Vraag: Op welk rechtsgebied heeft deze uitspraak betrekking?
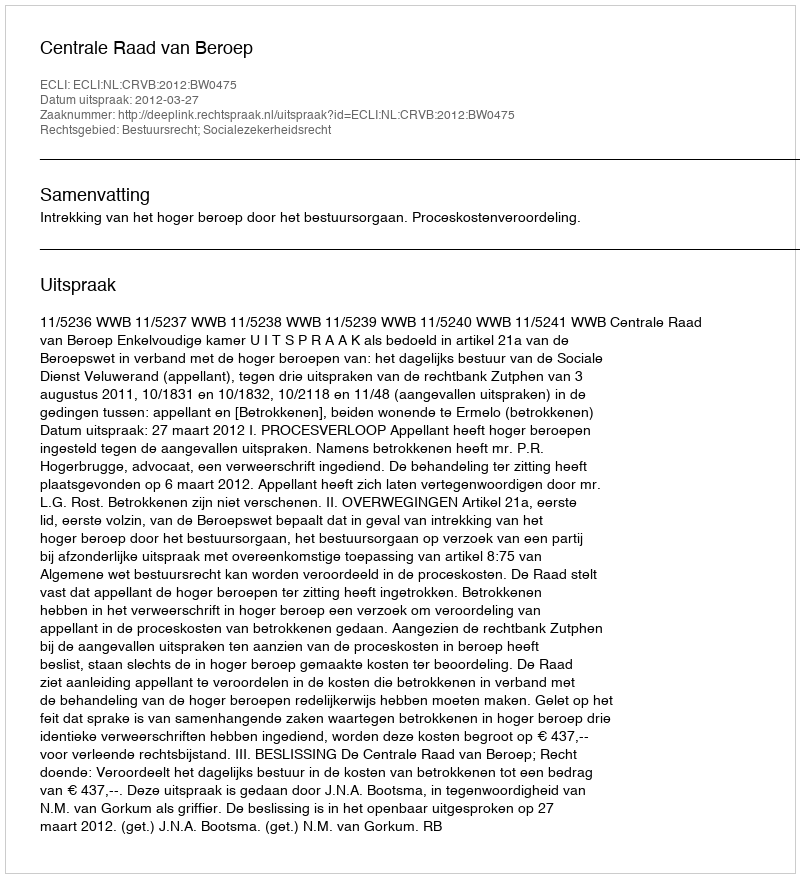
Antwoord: Bestuursrecht; Socialezekerheidsrecht